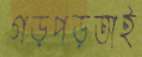
গড়পড়তাই